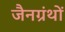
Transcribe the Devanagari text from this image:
जैनग्रंथों